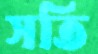
সতি